Scottish Leaving Certificate Examination, 1957
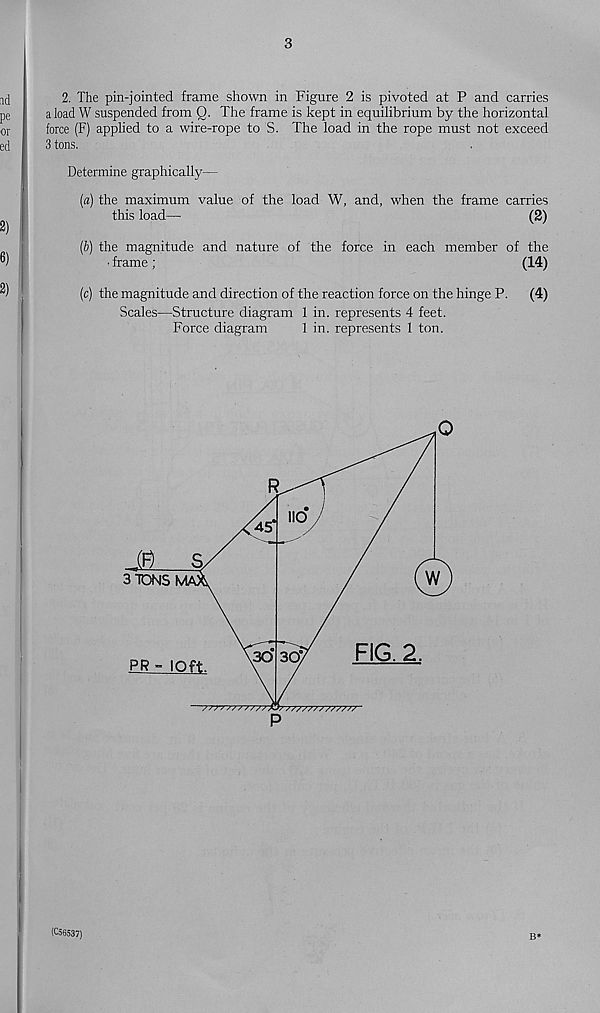
3
2. The pin-jointed frame shown in Figure 2 is pivoted at P and carries
a load W suspended from Q. The frame is kept in equilibrium by the horizontal
force (F) applied to a wire-rope to S. The load in the rope must not exceed
3 tons.
Determine graphically—
(a) the maximum value of the load W, and, when the frame carries
this load—
(2)
(b) the magnitude and nature of the force in each member of the
■ frame;
(14)
(c) the magnitude and direction of the reaction force on the hinge P. (4)
Scales—Structure diagram 1 in. represents 4 feet.
Force diagram
1 in. represents 1 ton.
(C56537)
B*